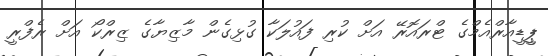
ޕީީޑީއާރްއެމްގެ ޓްރައޮރޭ އަށް ކުރި ފައުލަކާ ގުޅިގެން މާޒިޔާގެ ޒިރްކޯ އަށް ރެފްރީ